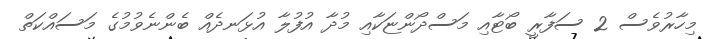
މިހާރުވެސް 2 ސަފާރީ ބޯޓާއި މަސްދޯންޏަކާއި މުދާ އުފުލާ އުޅަނދެއް ބެންނެވުމުގެ މަސައްކަތް